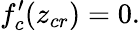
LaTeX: f_{c}^{\prime}(z_{cr})=0.